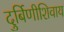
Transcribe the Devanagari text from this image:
दुर्बिणीशिवाय